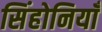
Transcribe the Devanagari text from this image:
सिंहोनियाँ